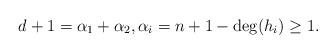
LaTeX: \begin{align*}d+1 = \alpha_1 + \alpha_2, \alpha_i = n+1-\deg(h_i) \ge 1.\end{align*}